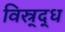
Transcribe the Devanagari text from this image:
विस्र्द्ध